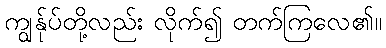
ကျွန်ုပ်တို့လည်း လိုက်၍ တက်ကြလေ၏။